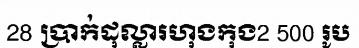
28 ប្រាក់ដុល្លារហុងកុង2 500 រូប